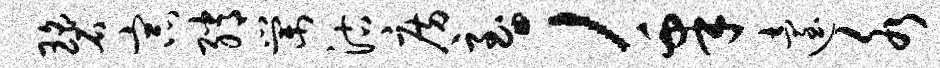
碧宗绡棠沽房至；皋迨水